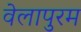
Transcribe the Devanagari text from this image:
वेलापुरम